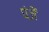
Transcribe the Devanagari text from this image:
पंजें